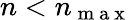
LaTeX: n<n_{\mathrm{~m~a~x~}}